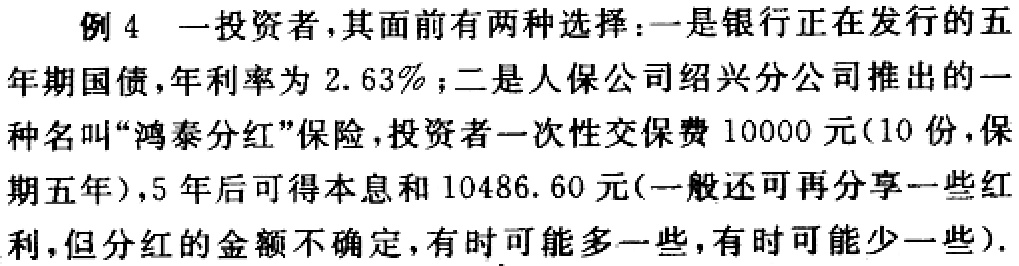
例4 一投资者，其面前有两种选择：一是银行正在发行的五年期国债，年利率为 \(2.63\%\)；二是人保公司绍兴分公司推出的一种名叫“鸿泰分红”保险，投资者一次性交保费10000元(10份，保期五年)，5年后可得本息和10486.60元(一般还可再分享一些红利，但分红的金额不确定，有时可能多一些，有时可能少一些).